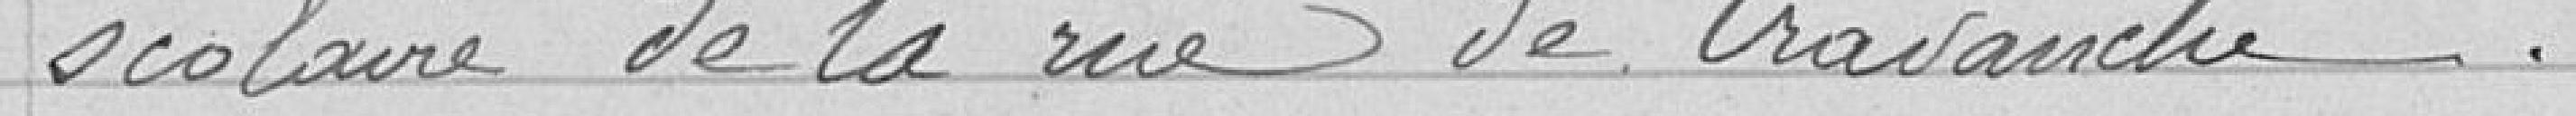
scolaire de la rue de Cravanche